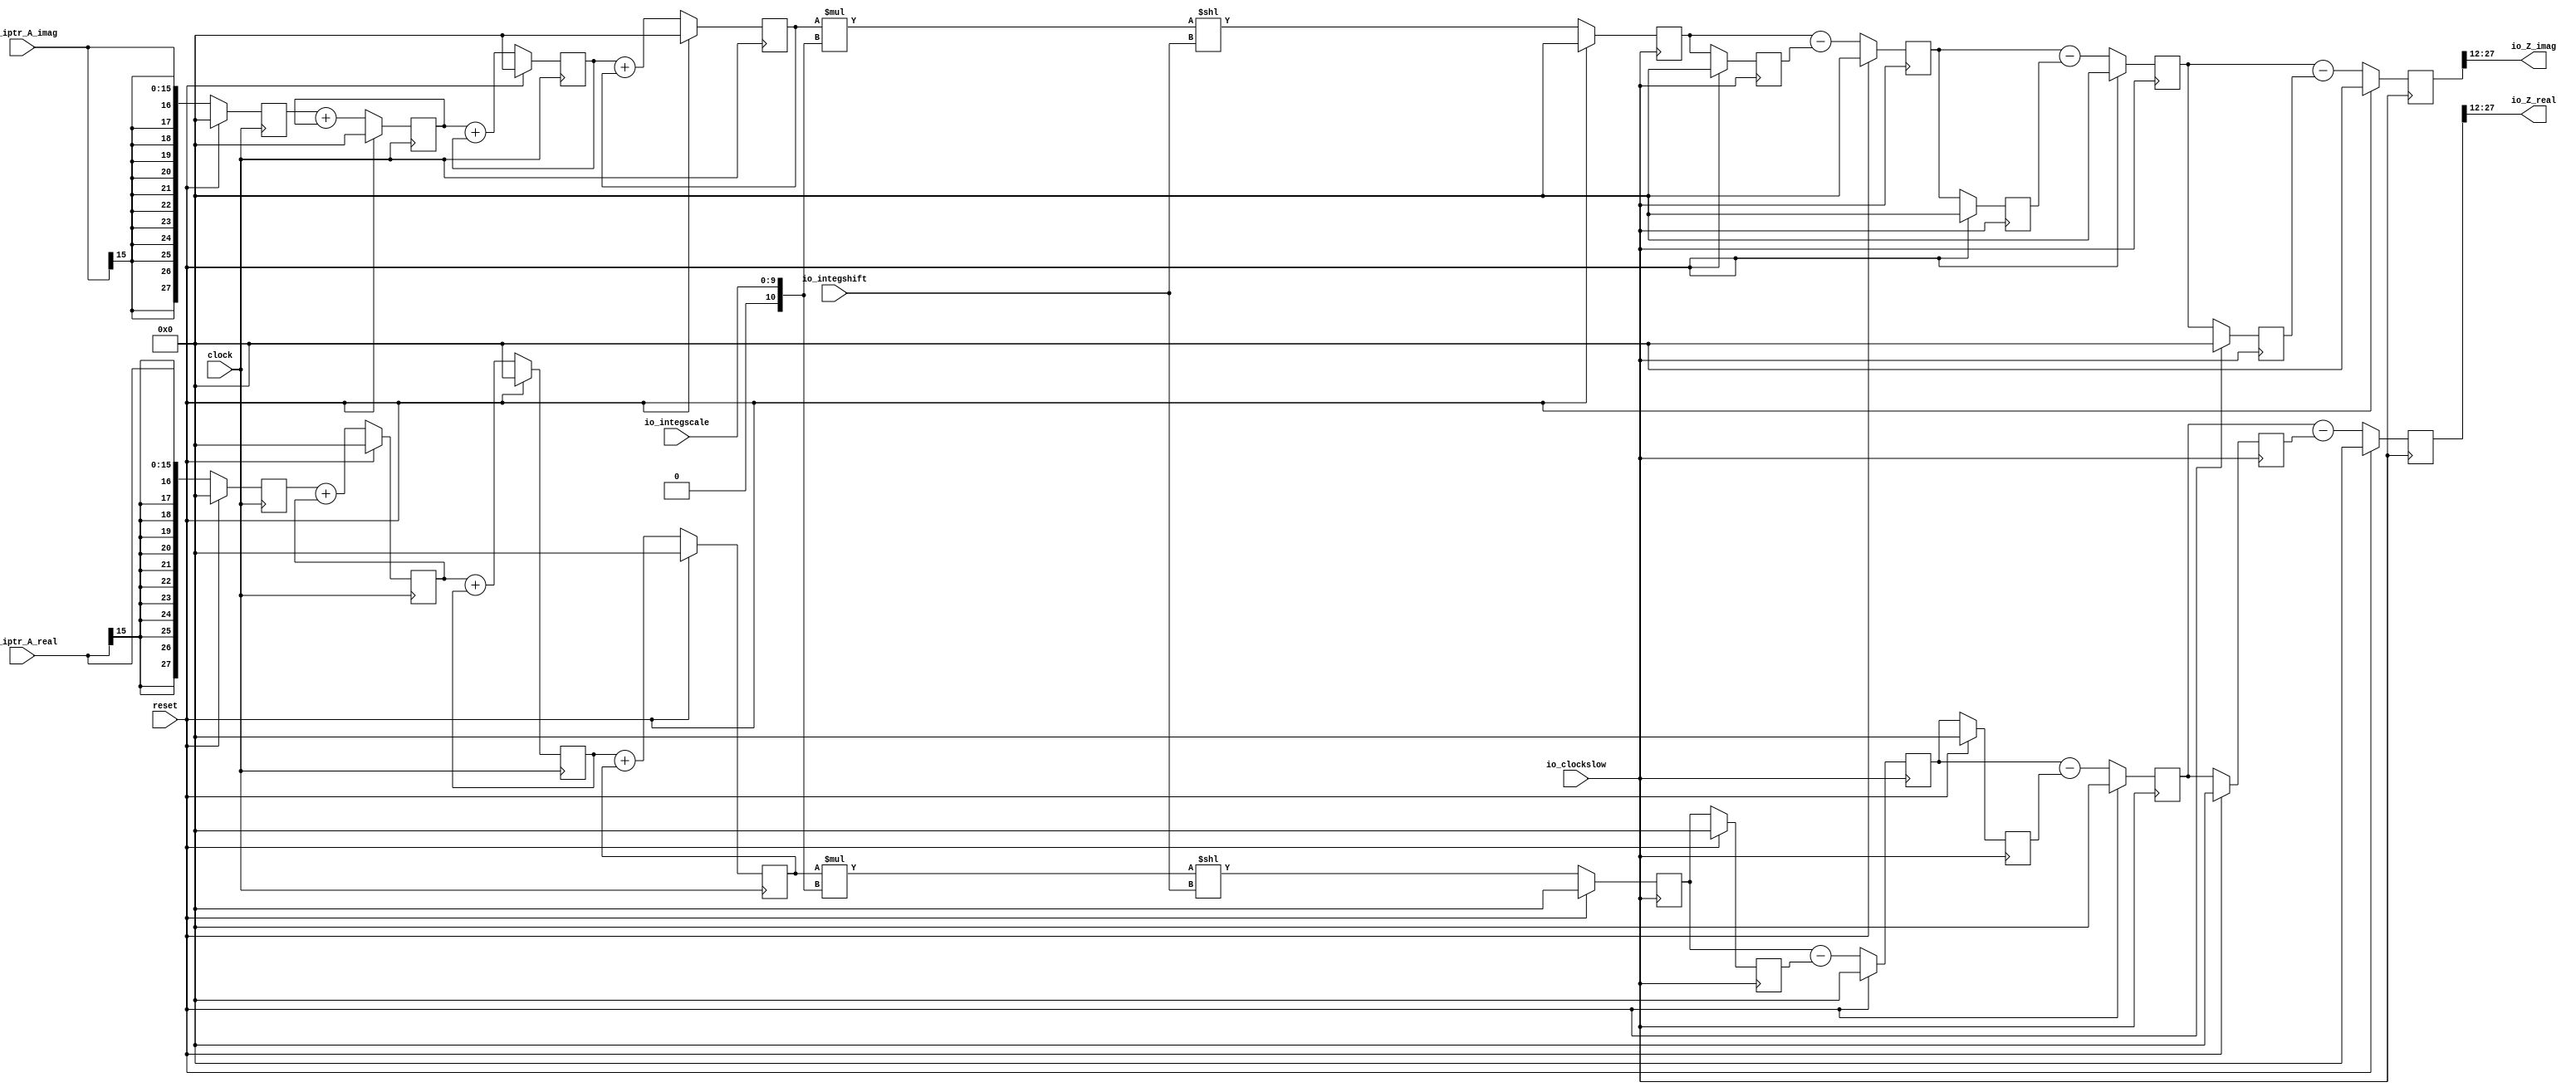
module cic3( // @[:@3.2]
  input         clock, // @[:@4.4]
  input         reset, // @[:@5.4]
  input         io_clockslow, // @[:@6.4]
  input  [9:0]  io_integscale, // @[:@6.4]
  input  [4:0]  io_integshift, // @[:@6.4]
  input  [15:0] io_iptr_A_real, // @[:@6.4]
  input  [15:0] io_iptr_A_imag, // @[:@6.4]
  output [15:0] io_Z_real, // @[:@6.4]
  output [15:0] io_Z_imag // @[:@6.4]
);
  reg [27:0] integregs_0_real; // @[cic3.scala 28:29:@29.4]
  reg [31:0] _RAND_0;
  reg [27:0] integregs_0_imag; // @[cic3.scala 28:29:@29.4]
  reg [31:0] _RAND_1;
  reg [27:0] integregs_1_real; // @[cic3.scala 28:29:@29.4]
  reg [31:0] _RAND_2;
  reg [27:0] integregs_1_imag; // @[cic3.scala 28:29:@29.4]
  reg [31:0] _RAND_3;
  reg [27:0] integregs_2_real; // @[cic3.scala 28:29:@29.4]
  reg [31:0] _RAND_4;
  reg [27:0] integregs_2_imag; // @[cic3.scala 28:29:@29.4]
  reg [31:0] _RAND_5;
  reg [27:0] integregs_3_real; // @[cic3.scala 28:29:@29.4]
  reg [31:0] _RAND_6;
  reg [27:0] integregs_3_imag; // @[cic3.scala 28:29:@29.4]
  reg [31:0] _RAND_7;
  wire [28:0] _T_219; // @[SIntTypeClass.scala 18:40:@32.4]
  wire [27:0] _T_220; // @[SIntTypeClass.scala 18:40:@33.4]
  wire [27:0] _T_221; // @[SIntTypeClass.scala 18:40:@34.4]
  wire [28:0] _T_222; // @[SIntTypeClass.scala 18:40:@35.4]
  wire [27:0] _T_223; // @[SIntTypeClass.scala 18:40:@36.4]
  wire [27:0] _T_224; // @[SIntTypeClass.scala 18:40:@37.4]
  wire [28:0] _T_233; // @[SIntTypeClass.scala 18:40:@43.4]
  wire [27:0] _T_234; // @[SIntTypeClass.scala 18:40:@44.4]
  wire [27:0] _T_235; // @[SIntTypeClass.scala 18:40:@45.4]
  wire [28:0] _T_236; // @[SIntTypeClass.scala 18:40:@46.4]
  wire [27:0] _T_237; // @[SIntTypeClass.scala 18:40:@47.4]
  wire [27:0] _T_238; // @[SIntTypeClass.scala 18:40:@48.4]
  wire [28:0] _T_247; // @[SIntTypeClass.scala 18:40:@54.4]
  wire [27:0] _T_248; // @[SIntTypeClass.scala 18:40:@55.4]
  wire [27:0] _T_249; // @[SIntTypeClass.scala 18:40:@56.4]
  wire [28:0] _T_250; // @[SIntTypeClass.scala 18:40:@57.4]
  wire [27:0] _T_251; // @[SIntTypeClass.scala 18:40:@58.4]
  wire [27:0] _T_252; // @[SIntTypeClass.scala 18:40:@59.4]
  reg [27:0] _T_385_0_real; // @[cic3.scala 38:32:@86.4]
  reg [31:0] _RAND_8;
  reg [27:0] _T_385_0_imag; // @[cic3.scala 38:32:@86.4]
  reg [31:0] _RAND_9;
  reg [27:0] _T_385_1_real; // @[cic3.scala 38:32:@86.4]
  reg [31:0] _RAND_10;
  reg [27:0] _T_385_1_imag; // @[cic3.scala 38:32:@86.4]
  reg [31:0] _RAND_11;
  reg [27:0] _T_385_2_real; // @[cic3.scala 38:32:@86.4]
  reg [31:0] _RAND_12;
  reg [27:0] _T_385_2_imag; // @[cic3.scala 38:32:@86.4]
  reg [31:0] _RAND_13;
  reg [27:0] _T_385_3_real; // @[cic3.scala 38:32:@86.4]
  reg [31:0] _RAND_14;
  reg [27:0] _T_385_3_imag; // @[cic3.scala 38:32:@86.4]
  reg [31:0] _RAND_15;
  reg [27:0] _T_566_0_real; // @[cic3.scala 39:32:@108.4]
  reg [31:0] _RAND_16;
  reg [27:0] _T_566_0_imag; // @[cic3.scala 39:32:@108.4]
  reg [31:0] _RAND_17;
  reg [27:0] _T_566_1_real; // @[cic3.scala 39:32:@108.4]
  reg [31:0] _RAND_18;
  reg [27:0] _T_566_1_imag; // @[cic3.scala 39:32:@108.4]
  reg [31:0] _RAND_19;
  reg [27:0] _T_566_2_real; // @[cic3.scala 39:32:@108.4]
  reg [31:0] _RAND_20;
  reg [27:0] _T_566_2_imag; // @[cic3.scala 39:32:@108.4]
  reg [31:0] _RAND_21;
  wire [10:0] _T_623; // @[cic3.scala 44:50:@109.4]
  wire [27:0] _GEN_0; // @[cic3.scala 44:50:@110.4]
  wire [38:0] _T_624; // @[cic3.scala 44:50:@110.4]
  wire [37:0] _T_625; // @[cic3.scala 44:50:@111.4]
  wire [37:0] _T_626; // @[cic3.scala 44:50:@112.4]
  wire [68:0] _GEN_1; // @[cic3.scala 44:65:@113.4]
  wire [68:0] _T_627; // @[cic3.scala 44:65:@113.4]
  wire [38:0] _T_629; // @[cic3.scala 45:50:@116.4]
  wire [37:0] _T_630; // @[cic3.scala 45:50:@117.4]
  wire [37:0] _T_631; // @[cic3.scala 45:50:@118.4]
  wire [68:0] _GEN_3; // @[cic3.scala 45:65:@119.4]
  wire [68:0] _T_632; // @[cic3.scala 45:65:@119.4]
  wire [28:0] _T_633; // @[SIntTypeClass.scala 28:50:@123.4]
  wire [27:0] _T_634; // @[SIntTypeClass.scala 28:50:@124.4]
  wire [27:0] _T_635; // @[SIntTypeClass.scala 28:50:@125.4]
  wire [28:0] _T_636; // @[SIntTypeClass.scala 28:50:@126.4]
  wire [27:0] _T_637; // @[SIntTypeClass.scala 28:50:@127.4]
  wire [27:0] _T_638; // @[SIntTypeClass.scala 28:50:@128.4]
  wire [28:0] _T_647; // @[SIntTypeClass.scala 28:50:@136.4]
  wire [27:0] _T_648; // @[SIntTypeClass.scala 28:50:@137.4]
  wire [27:0] _T_649; // @[SIntTypeClass.scala 28:50:@138.4]
  wire [28:0] _T_650; // @[SIntTypeClass.scala 28:50:@139.4]
  wire [27:0] _T_651; // @[SIntTypeClass.scala 28:50:@140.4]
  wire [27:0] _T_652; // @[SIntTypeClass.scala 28:50:@141.4]
  wire [28:0] _T_661; // @[SIntTypeClass.scala 28:50:@149.4]
  wire [27:0] _T_662; // @[SIntTypeClass.scala 28:50:@150.4]
  wire [27:0] _T_663; // @[SIntTypeClass.scala 28:50:@151.4]
  wire [28:0] _T_664; // @[SIntTypeClass.scala 28:50:@152.4]
  wire [27:0] _T_665; // @[SIntTypeClass.scala 28:50:@153.4]
  wire [27:0] _T_666; // @[SIntTypeClass.scala 28:50:@154.4]
  wire [15:0] _T_675; // @[cic3.scala 52:38:@162.4]
  wire [15:0] _T_677; // @[cic3.scala 53:38:@165.4]
  wire [27:0] _GEN_4; // @[cic3.scala 44:31:@114.4]
  wire [27:0] _GEN_5; // @[cic3.scala 45:31:@120.4]
  assign _T_219 = $signed(integregs_0_real) + $signed(integregs_1_real); // @[SIntTypeClass.scala 18:40:@32.4]
  assign _T_220 = $signed(integregs_0_real) + $signed(integregs_1_real); // @[SIntTypeClass.scala 18:40:@33.4]
  assign _T_221 = $signed(_T_220); // @[SIntTypeClass.scala 18:40:@34.4]
  assign _T_222 = $signed(integregs_0_imag) + $signed(integregs_1_imag); // @[SIntTypeClass.scala 18:40:@35.4]
  assign _T_223 = $signed(integregs_0_imag) + $signed(integregs_1_imag); // @[SIntTypeClass.scala 18:40:@36.4]
  assign _T_224 = $signed(_T_223); // @[SIntTypeClass.scala 18:40:@37.4]
  assign _T_233 = $signed(integregs_1_real) + $signed(integregs_2_real); // @[SIntTypeClass.scala 18:40:@43.4]
  assign _T_234 = $signed(integregs_1_real) + $signed(integregs_2_real); // @[SIntTypeClass.scala 18:40:@44.4]
  assign _T_235 = $signed(_T_234); // @[SIntTypeClass.scala 18:40:@45.4]
  assign _T_236 = $signed(integregs_1_imag) + $signed(integregs_2_imag); // @[SIntTypeClass.scala 18:40:@46.4]
  assign _T_237 = $signed(integregs_1_imag) + $signed(integregs_2_imag); // @[SIntTypeClass.scala 18:40:@47.4]
  assign _T_238 = $signed(_T_237); // @[SIntTypeClass.scala 18:40:@48.4]
  assign _T_247 = $signed(integregs_2_real) + $signed(integregs_3_real); // @[SIntTypeClass.scala 18:40:@54.4]
  assign _T_248 = $signed(integregs_2_real) + $signed(integregs_3_real); // @[SIntTypeClass.scala 18:40:@55.4]
  assign _T_249 = $signed(_T_248); // @[SIntTypeClass.scala 18:40:@56.4]
  assign _T_250 = $signed(integregs_2_imag) + $signed(integregs_3_imag); // @[SIntTypeClass.scala 18:40:@57.4]
  assign _T_251 = $signed(integregs_2_imag) + $signed(integregs_3_imag); // @[SIntTypeClass.scala 18:40:@58.4]
  assign _T_252 = $signed(_T_251); // @[SIntTypeClass.scala 18:40:@59.4]
  assign _T_623 = {1'b0,$signed(io_integscale)}; // @[cic3.scala 44:50:@109.4]
  assign _GEN_0 = {{17{_T_623[10]}},_T_623}; // @[cic3.scala 44:50:@110.4]
  assign _T_624 = $signed(integregs_3_real) * $signed(_GEN_0); // @[cic3.scala 44:50:@110.4]
  assign _T_625 = _T_624[37:0]; // @[cic3.scala 44:50:@111.4]
  assign _T_626 = $signed(_T_625); // @[cic3.scala 44:50:@112.4]
  assign _GEN_1 = {{31{_T_626[37]}},_T_626}; // @[cic3.scala 44:65:@113.4]
  assign _T_627 = $signed(_GEN_1) << io_integshift; // @[cic3.scala 44:65:@113.4]
  assign _T_629 = $signed(integregs_3_imag) * $signed(_GEN_0); // @[cic3.scala 45:50:@116.4]
  assign _T_630 = _T_629[37:0]; // @[cic3.scala 45:50:@117.4]
  assign _T_631 = $signed(_T_630); // @[cic3.scala 45:50:@118.4]
  assign _GEN_3 = {{31{_T_631[37]}},_T_631}; // @[cic3.scala 45:65:@119.4]
  assign _T_632 = $signed(_GEN_3) << io_integshift; // @[cic3.scala 45:65:@119.4]
  assign _T_633 = $signed(_T_385_0_real) - $signed(_T_566_0_real); // @[SIntTypeClass.scala 28:50:@123.4]
  assign _T_634 = $signed(_T_385_0_real) - $signed(_T_566_0_real); // @[SIntTypeClass.scala 28:50:@124.4]
  assign _T_635 = $signed(_T_634); // @[SIntTypeClass.scala 28:50:@125.4]
  assign _T_636 = $signed(_T_385_0_imag) - $signed(_T_566_0_imag); // @[SIntTypeClass.scala 28:50:@126.4]
  assign _T_637 = $signed(_T_385_0_imag) - $signed(_T_566_0_imag); // @[SIntTypeClass.scala 28:50:@127.4]
  assign _T_638 = $signed(_T_637); // @[SIntTypeClass.scala 28:50:@128.4]
  assign _T_647 = $signed(_T_385_1_real) - $signed(_T_566_1_real); // @[SIntTypeClass.scala 28:50:@136.4]
  assign _T_648 = $signed(_T_385_1_real) - $signed(_T_566_1_real); // @[SIntTypeClass.scala 28:50:@137.4]
  assign _T_649 = $signed(_T_648); // @[SIntTypeClass.scala 28:50:@138.4]
  assign _T_650 = $signed(_T_385_1_imag) - $signed(_T_566_1_imag); // @[SIntTypeClass.scala 28:50:@139.4]
  assign _T_651 = $signed(_T_385_1_imag) - $signed(_T_566_1_imag); // @[SIntTypeClass.scala 28:50:@140.4]
  assign _T_652 = $signed(_T_651); // @[SIntTypeClass.scala 28:50:@141.4]
  assign _T_661 = $signed(_T_385_2_real) - $signed(_T_566_2_real); // @[SIntTypeClass.scala 28:50:@149.4]
  assign _T_662 = $signed(_T_385_2_real) - $signed(_T_566_2_real); // @[SIntTypeClass.scala 28:50:@150.4]
  assign _T_663 = $signed(_T_662); // @[SIntTypeClass.scala 28:50:@151.4]
  assign _T_664 = $signed(_T_385_2_imag) - $signed(_T_566_2_imag); // @[SIntTypeClass.scala 28:50:@152.4]
  assign _T_665 = $signed(_T_385_2_imag) - $signed(_T_566_2_imag); // @[SIntTypeClass.scala 28:50:@153.4]
  assign _T_666 = $signed(_T_665); // @[SIntTypeClass.scala 28:50:@154.4]
  assign _T_675 = _T_385_3_real[27:12]; // @[cic3.scala 52:38:@162.4]
  assign _T_677 = _T_385_3_imag[27:12]; // @[cic3.scala 53:38:@165.4]
  assign io_Z_real = $signed(_T_675); // @[cic3.scala 52:19:@164.4]
  assign io_Z_imag = $signed(_T_677); // @[cic3.scala 53:19:@167.4]
  assign _GEN_4 = _T_627[27:0]; // @[cic3.scala 44:31:@114.4]
  assign _GEN_5 = _T_632[27:0]; // @[cic3.scala 45:31:@120.4]
`ifdef RANDOMIZE_GARBAGE_ASSIGN
`define RANDOMIZE
`endif
`ifdef RANDOMIZE_INVALID_ASSIGN
`define RANDOMIZE
`endif
`ifdef RANDOMIZE_REG_INIT
`define RANDOMIZE
`endif
`ifdef RANDOMIZE_MEM_INIT
`define RANDOMIZE
`endif
`ifndef RANDOM
`define RANDOM $random
`endif
`ifdef RANDOMIZE
  integer initvar;
  initial begin
    `ifdef INIT_RANDOM
      `INIT_RANDOM
    `endif
    `ifndef VERILATOR
      #0.002 begin end
    `endif
  `ifdef RANDOMIZE_REG_INIT
  _RAND_0 = {1{`RANDOM}};
  integregs_0_real = _RAND_0[27:0];
  `endif // RANDOMIZE_REG_INIT
  `ifdef RANDOMIZE_REG_INIT
  _RAND_1 = {1{`RANDOM}};
  integregs_0_imag = _RAND_1[27:0];
  `endif // RANDOMIZE_REG_INIT
  `ifdef RANDOMIZE_REG_INIT
  _RAND_2 = {1{`RANDOM}};
  integregs_1_real = _RAND_2[27:0];
  `endif // RANDOMIZE_REG_INIT
  `ifdef RANDOMIZE_REG_INIT
  _RAND_3 = {1{`RANDOM}};
  integregs_1_imag = _RAND_3[27:0];
  `endif // RANDOMIZE_REG_INIT
  `ifdef RANDOMIZE_REG_INIT
  _RAND_4 = {1{`RANDOM}};
  integregs_2_real = _RAND_4[27:0];
  `endif // RANDOMIZE_REG_INIT
  `ifdef RANDOMIZE_REG_INIT
  _RAND_5 = {1{`RANDOM}};
  integregs_2_imag = _RAND_5[27:0];
  `endif // RANDOMIZE_REG_INIT
  `ifdef RANDOMIZE_REG_INIT
  _RAND_6 = {1{`RANDOM}};
  integregs_3_real = _RAND_6[27:0];
  `endif // RANDOMIZE_REG_INIT
  `ifdef RANDOMIZE_REG_INIT
  _RAND_7 = {1{`RANDOM}};
  integregs_3_imag = _RAND_7[27:0];
  `endif // RANDOMIZE_REG_INIT
  `ifdef RANDOMIZE_REG_INIT
  _RAND_8 = {1{`RANDOM}};
  _T_385_0_real = _RAND_8[27:0];
  `endif // RANDOMIZE_REG_INIT
  `ifdef RANDOMIZE_REG_INIT
  _RAND_9 = {1{`RANDOM}};
  _T_385_0_imag = _RAND_9[27:0];
  `endif // RANDOMIZE_REG_INIT
  `ifdef RANDOMIZE_REG_INIT
  _RAND_10 = {1{`RANDOM}};
  _T_385_1_real = _RAND_10[27:0];
  `endif // RANDOMIZE_REG_INIT
  `ifdef RANDOMIZE_REG_INIT
  _RAND_11 = {1{`RANDOM}};
  _T_385_1_imag = _RAND_11[27:0];
  `endif // RANDOMIZE_REG_INIT
  `ifdef RANDOMIZE_REG_INIT
  _RAND_12 = {1{`RANDOM}};
  _T_385_2_real = _RAND_12[27:0];
  `endif // RANDOMIZE_REG_INIT
  `ifdef RANDOMIZE_REG_INIT
  _RAND_13 = {1{`RANDOM}};
  _T_385_2_imag = _RAND_13[27:0];
  `endif // RANDOMIZE_REG_INIT
  `ifdef RANDOMIZE_REG_INIT
  _RAND_14 = {1{`RANDOM}};
  _T_385_3_real = _RAND_14[27:0];
  `endif // RANDOMIZE_REG_INIT
  `ifdef RANDOMIZE_REG_INIT
  _RAND_15 = {1{`RANDOM}};
  _T_385_3_imag = _RAND_15[27:0];
  `endif // RANDOMIZE_REG_INIT
  `ifdef RANDOMIZE_REG_INIT
  _RAND_16 = {1{`RANDOM}};
  _T_566_0_real = _RAND_16[27:0];
  `endif // RANDOMIZE_REG_INIT
  `ifdef RANDOMIZE_REG_INIT
  _RAND_17 = {1{`RANDOM}};
  _T_566_0_imag = _RAND_17[27:0];
  `endif // RANDOMIZE_REG_INIT
  `ifdef RANDOMIZE_REG_INIT
  _RAND_18 = {1{`RANDOM}};
  _T_566_1_real = _RAND_18[27:0];
  `endif // RANDOMIZE_REG_INIT
  `ifdef RANDOMIZE_REG_INIT
  _RAND_19 = {1{`RANDOM}};
  _T_566_1_imag = _RAND_19[27:0];
  `endif // RANDOMIZE_REG_INIT
  `ifdef RANDOMIZE_REG_INIT
  _RAND_20 = {1{`RANDOM}};
  _T_566_2_real = _RAND_20[27:0];
  `endif // RANDOMIZE_REG_INIT
  `ifdef RANDOMIZE_REG_INIT
  _RAND_21 = {1{`RANDOM}};
  _T_566_2_imag = _RAND_21[27:0];
  `endif // RANDOMIZE_REG_INIT
  end
`endif // RANDOMIZE
  always @(posedge clock) begin
    if (reset) begin
      integregs_0_real <= 28'sh0;
    end else begin
      integregs_0_real <= {{12{io_iptr_A_real[15]}},io_iptr_A_real};
    end
    if (reset) begin
      integregs_0_imag <= 28'sh0;
    end else begin
      integregs_0_imag <= {{12{io_iptr_A_imag[15]}},io_iptr_A_imag};
    end
    if (reset) begin
      integregs_1_real <= 28'sh0;
    end else begin
      integregs_1_real <= _T_221;
    end
    if (reset) begin
      integregs_1_imag <= 28'sh0;
    end else begin
      integregs_1_imag <= _T_224;
    end
    if (reset) begin
      integregs_2_real <= 28'sh0;
    end else begin
      integregs_2_real <= _T_235;
    end
    if (reset) begin
      integregs_2_imag <= 28'sh0;
    end else begin
      integregs_2_imag <= _T_238;
    end
    if (reset) begin
      integregs_3_real <= 28'sh0;
    end else begin
      integregs_3_real <= _T_249;
    end
    if (reset) begin
      integregs_3_imag <= 28'sh0;
    end else begin
      integregs_3_imag <= _T_252;
    end
  end
  always @(posedge io_clockslow) begin
    if (reset) begin
      _T_385_0_real <= 28'sh0;
    end else begin
      _T_385_0_real <= $signed(_GEN_4);
    end
    if (reset) begin
      _T_385_0_imag <= 28'sh0;
    end else begin
      _T_385_0_imag <= $signed(_GEN_5);
    end
    if (reset) begin
      _T_385_1_real <= 28'sh0;
    end else begin
      _T_385_1_real <= _T_635;
    end
    if (reset) begin
      _T_385_1_imag <= 28'sh0;
    end else begin
      _T_385_1_imag <= _T_638;
    end
    if (reset) begin
      _T_385_2_real <= 28'sh0;
    end else begin
      _T_385_2_real <= _T_649;
    end
    if (reset) begin
      _T_385_2_imag <= 28'sh0;
    end else begin
      _T_385_2_imag <= _T_652;
    end
    if (reset) begin
      _T_385_3_real <= 28'sh0;
    end else begin
      _T_385_3_real <= _T_663;
    end
    if (reset) begin
      _T_385_3_imag <= 28'sh0;
    end else begin
      _T_385_3_imag <= _T_666;
    end
    if (reset) begin
      _T_566_0_real <= 28'sh0;
    end else begin
      _T_566_0_real <= _T_385_0_real;
    end
    if (reset) begin
      _T_566_0_imag <= 28'sh0;
    end else begin
      _T_566_0_imag <= _T_385_0_imag;
    end
    if (reset) begin
      _T_566_1_real <= 28'sh0;
    end else begin
      _T_566_1_real <= _T_385_1_real;
    end
    if (reset) begin
      _T_566_1_imag <= 28'sh0;
    end else begin
      _T_566_1_imag <= _T_385_1_imag;
    end
    if (reset) begin
      _T_566_2_real <= 28'sh0;
    end else begin
      _T_566_2_real <= _T_385_2_real;
    end
    if (reset) begin
      _T_566_2_imag <= 28'sh0;
    end else begin
      _T_566_2_imag <= _T_385_2_imag;
    end
  end
endmodule